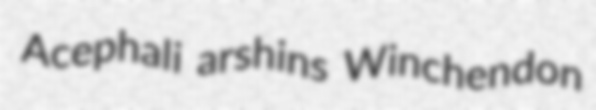
Acephali arshins Winchendon